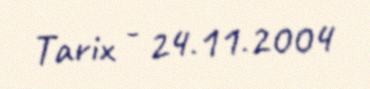
Tarix - 24.11.2004